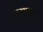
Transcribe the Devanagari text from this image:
कुसवा